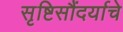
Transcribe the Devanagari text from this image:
सृष्टिसौंदर्याचे